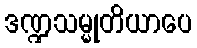
ဒဏ္ဍသမ္မုတိယာပေ